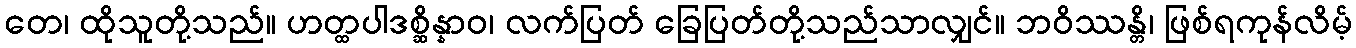
တေ၊ ထိုသူတို့သည်။ ဟတ္ထပါဒစ္ဆိန္နာဝ၊ လက်ပြတ် ခြေပြတ်တို့သည်သာလျှင်။ ဘဝိဿန္တိ၊ ဖြစ်ရကုန်လိမ့်